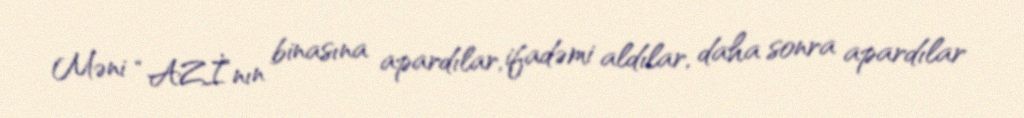
Məni “AZİ”nın binasına apardılar, ifadəmi aldılar, daha sonra apardılar